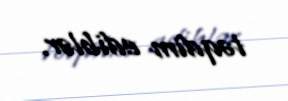
təqdim ediblər.